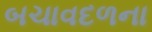
બચાવદળના